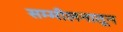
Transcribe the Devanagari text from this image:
सम्मीलनातून